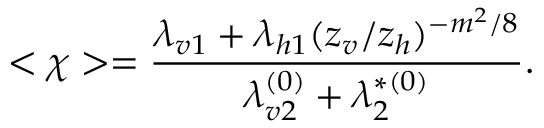
~ < \chi > = \frac { \lambda _ { v 1 } + \lambda _ { h 1 } ( z _ { v } / z _ { h } ) ^ { - m ^ { 2 } / 8 } } { \lambda _ { v 2 } ^ { ( 0 ) } + \lambda _ { 2 } ^ { * ( 0 ) } } .